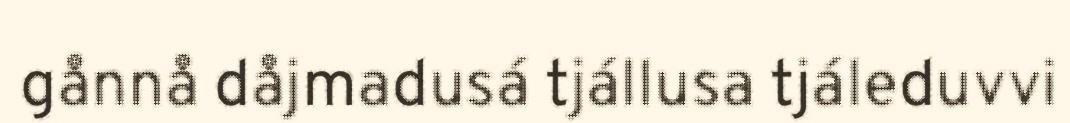
gånnå dåjmadusá tjállusa tjáleduvvi